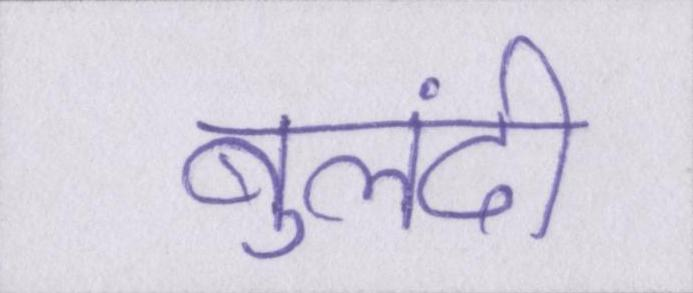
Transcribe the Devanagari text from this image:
बुलंदी